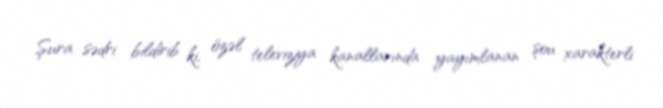
Şura sədri bildirib ki, özəl televiziya kanallarında yayımlanan şou xarakterli